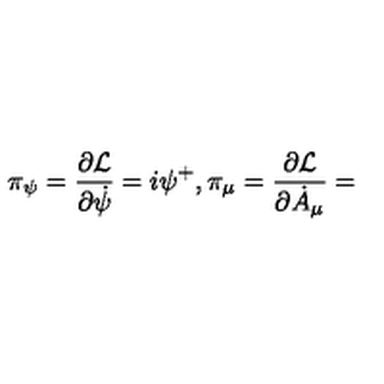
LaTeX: \pi _ { \psi } = \frac { \partial \mathcal { L } } { \partial \dot { \psi } } = i \psi ^ { + } , \pi _ { \mu } = \frac { \partial \mathcal { L } } { \partial \dot { A } _ { \mu } } =